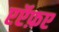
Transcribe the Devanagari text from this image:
एऍफ़ए